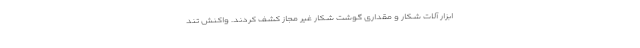
ابزار آلات شکار و مقداری گوشت شکار غیر مجاز کشف کردند. واکنش تند